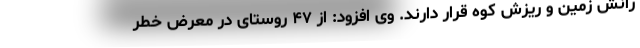
رانش زمین و ریزش کوه قرار دارند. وی افزود: از ۴۷ روستای در معرض خطر